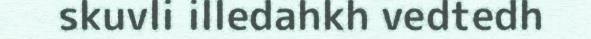
skuvli illedahkh vedtedh